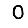
Digit: 0